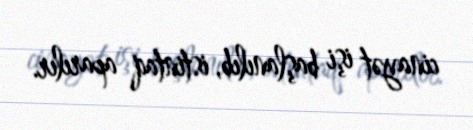
cinayət işi başlanılıb, istintaq aparılır.